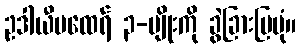
ဥဒါယီမထေရ် ၃-မျိုးကို ခွဲခြားပြပုံ။